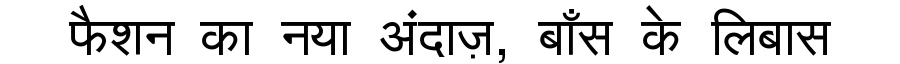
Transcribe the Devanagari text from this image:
फैशन का नया अंदाज़, बाँस के लिबास